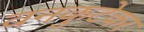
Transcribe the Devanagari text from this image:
वनकुटेकर